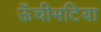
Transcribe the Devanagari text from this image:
ऊँचीभटिया